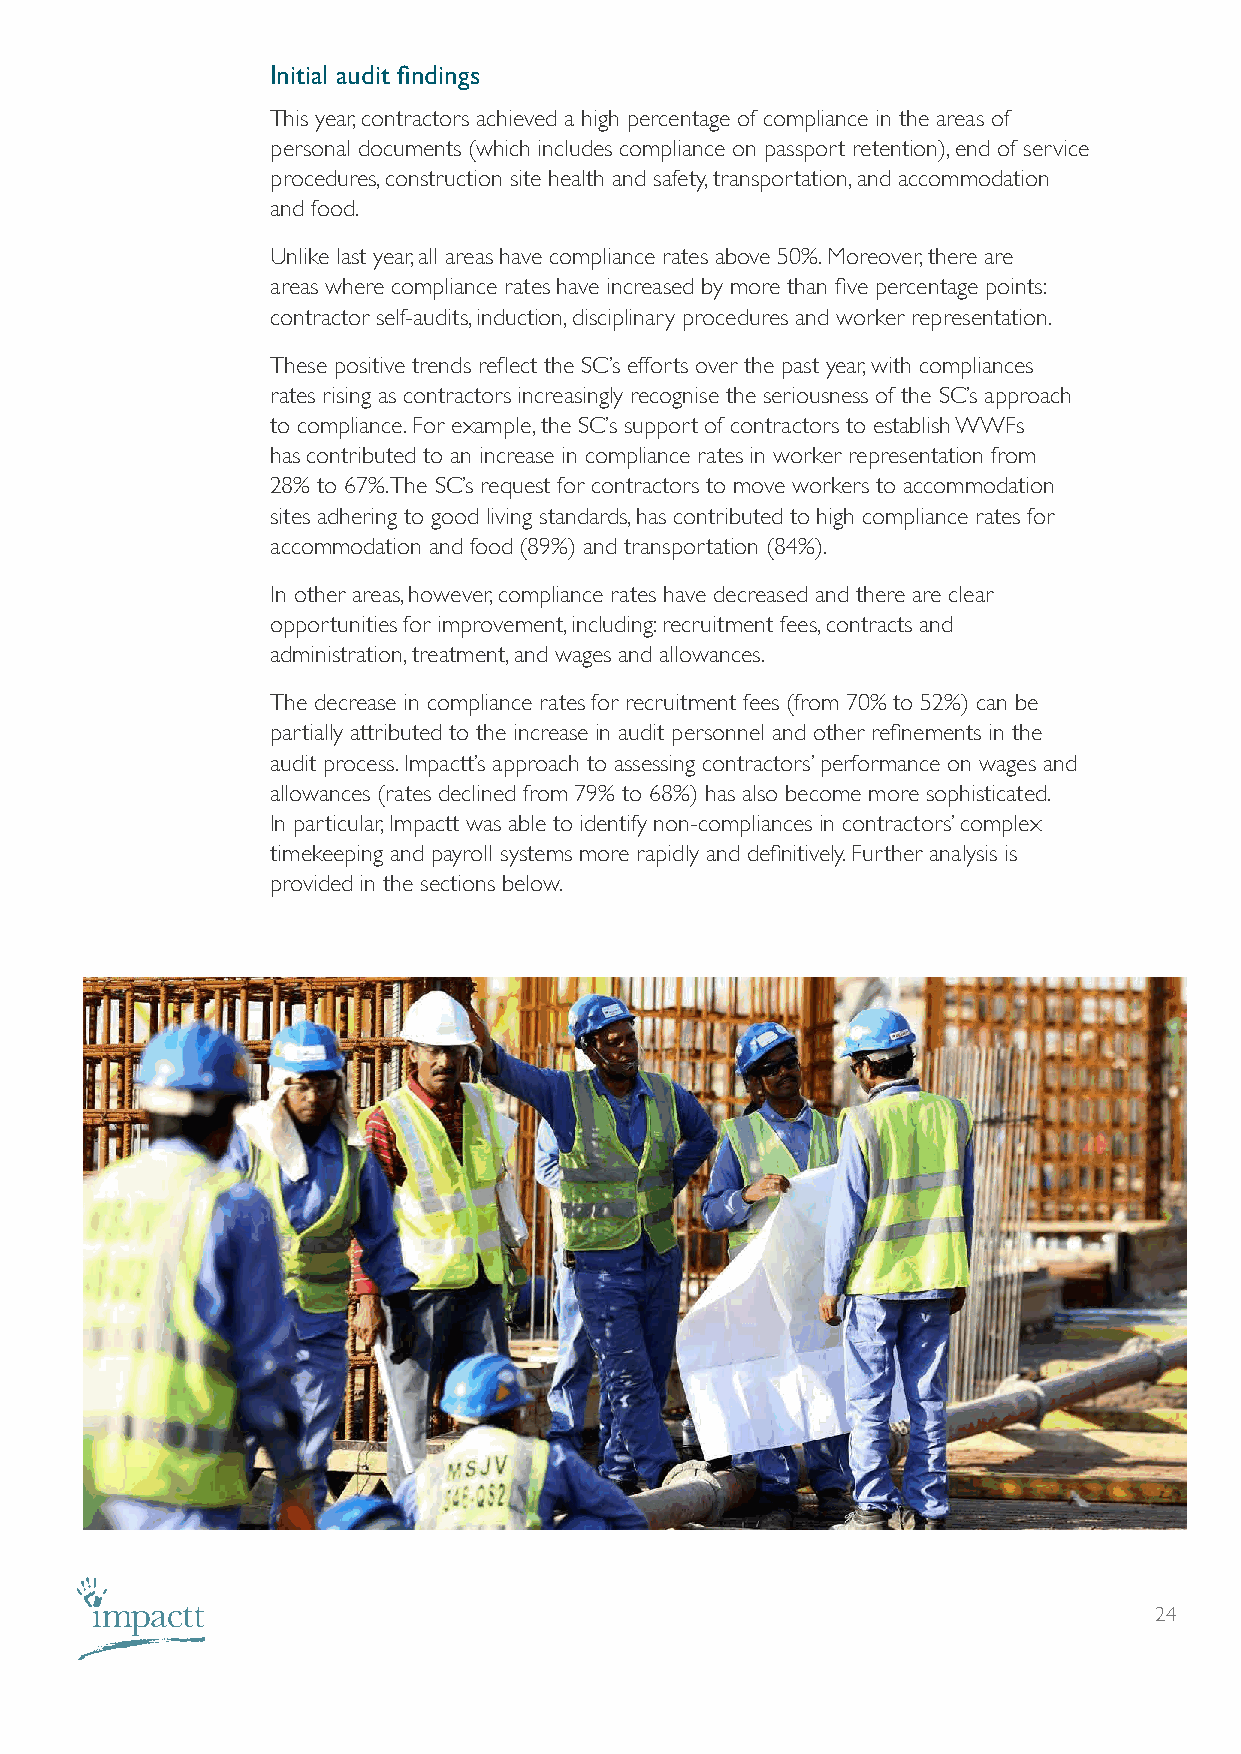
Initial audit findings
 This year, contractors achieved a high percentage of compliance in the areas of
 personal documents (which includes compliance on passport retention), end of service
 procedures, construction site health and safety, transportation, and accommodation
 and food.
 Unlike last year, all areas have compliance rates above 50%. Moreover, there are
 areas where compliance rates have increased by more than five percentage points:
 contractor self-audits, induction, disciplinary procedures and worker representation.
 These positive trends reflect the SC’s efforts over the past year, with compliances
 rates rising as contractors increasingly recognise the seriousness of the SC’s approach
 to compliance. For example, the SC’s support of contractors to establish WWFs
 has contributed to an increase in compliance rates in worker representation from
 28% to 67%. The SC’s request for contractors to move workers to accommodation
 sites adhering to good living standards, has contributed to high compliance rates for
 accommodation and food (89%) and transportation (84%).
 In other areas, however, compliance rates have decreased and there are clear
 opportunities for improvement, including: recruitment fees, contracts and
 administration, treatment, and wages and allowances.
 The decrease in compliance rates for recruitment fees (from 70% to 52%) can be
 partially attributed to the increase in audit personnel and other refinements in the
 audit process. Impactt’s approach to assessing contractors’ performance on wages and
 allowances (rates declined from 79% to 68%) has also become more sophisticated.
 In particular, Impactt was able to identify non-compliances in contractors’ complex
 timekeeping and payroll systems more rapidly and definitively. Further analysis is
 provided in the sections below.
 24